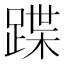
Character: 蹀